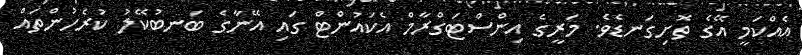
އެއްކަމީ އޭގެ ތޮށިގަނޑެވެ. މަރީގެ އިންސްޓަގްރާމް އެކައުންޓް ގައި އޭނާގެ ބަނބުކޭލު ކުރެހުންތައް